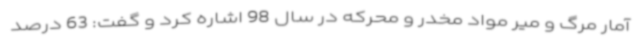
آمار مرگ و میر مواد مخدر و محرکه در سال 98 اشاره کرد و گفت: 63 درصد